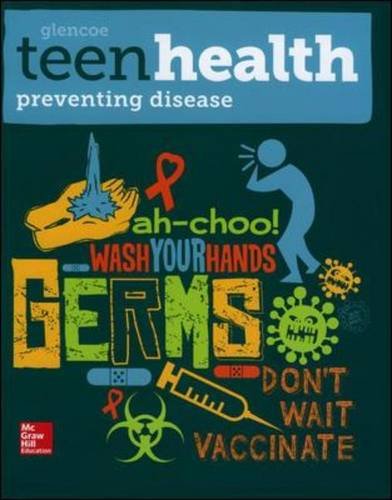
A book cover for Teen Health, Preventing Disease Print Module 2014; McGraw-Hill Education; Health, Fitness & Dieting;